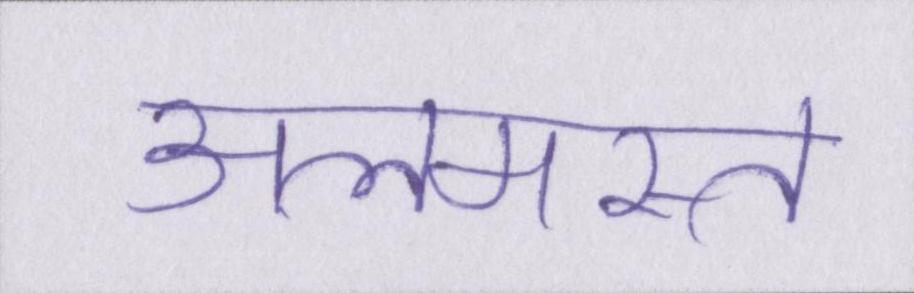
अलमस्त